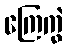
ကြေကွဲ